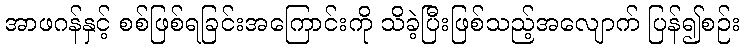
အာဖဂန်နှင့် စစ်ဖြစ်ရခြင်းအကြောင်းကို သိခဲ့ပြီးဖြစ်သည့်အလျောက် ပြန်၍စဉ်း